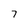
Character: 7